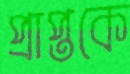
প্রাপ্তকে